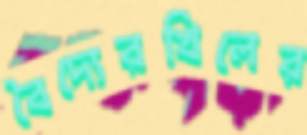
বৈদ্যেরখিলের